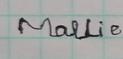
Signature authenticity: forged